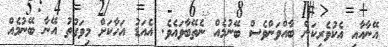
އޭނާއާއި އެކުވެރިކަން ބާއްވަންވެސް ބޭނުމެއް ނެތޭބާވައެވެ. އެއަޑު އަހާކަށް މިވަގުތު އޭނާ ބޭނުމެއް